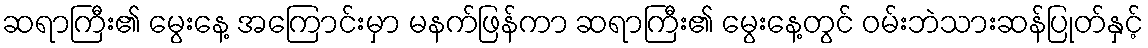
ဆရာကြီး၏ မွေးနေ့ အကြောင်းမှာ မနက်ဖြန်ကာ ဆရာကြီး၏ မွေးနေ့တွင် ဝမ်းဘဲသားဆန်ပြုတ်နှင့်